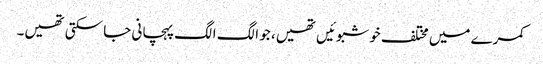
کمرے میں مختلف خوشبوئیں تھیں، جو الگ الگ پہچانی جا سکتی تھیں۔